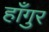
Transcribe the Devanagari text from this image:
हाँगुर